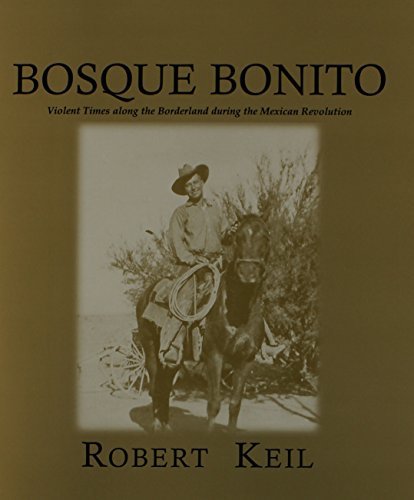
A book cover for Bosque Bonito: Violent Times along the Borderlands during the Mexican Revolution (Center for Big Bend Studies Occasional Papersn, Number 7); Robert Keil; Biographies & Memoirs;